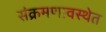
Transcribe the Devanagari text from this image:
संक्रमणावस्थेत